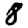
Digit: 8